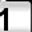
Digit: 1